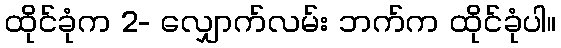
ထိုင်ခုံက 2- လျှောက်လမ်း ဘက်က ထိုင်ခုံပါ။